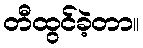
တီထွင်ခဲ့တာ။